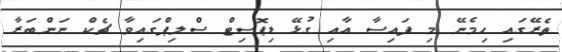
ތެރޭގައި ހިމެނޭ މި ފައިސާ އާއި ގުޅޭ ޑިޕޮސިޓް ސްލިޕްގައިވާ ޗެކް ނަންބަރާ